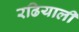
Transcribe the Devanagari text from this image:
रढियाली